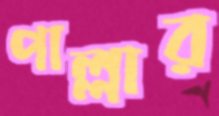
পাল্লার